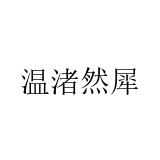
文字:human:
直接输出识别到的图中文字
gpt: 温渚然犀